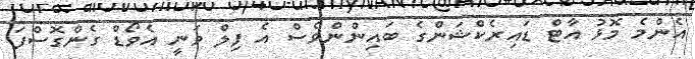
އެންމެ މޮޅު އާޓް ޑައިރެކްޝަންގެ ބައިންންވެސް އެ ފިލް ވަނީ އެވޯޑް ގެންގޮސްފަ